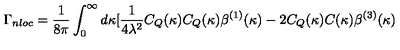
\Gamma _ { n l o c } = \frac { 1 } { 8 \pi } \int _ { 0 } ^ { \infty } d \kappa [ \frac { 1 } { 4 \lambda ^ { 2 } } C _ { Q } ( \kappa ) C _ { Q } ( \kappa ) \beta ^ { ( 1 ) } ( \kappa ) - 2 C _ { Q } ( \kappa ) C ( \kappa ) \beta ^ { ( 3 ) } ( \kappa )